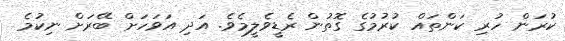
ކުރަން ހުރި ކަންތައް ކުރުމުގެ ގޮތުން ރެޑީވެލީމެވެ. އަދި އަވަހަށް ބޭރަށް ނިކުމެ